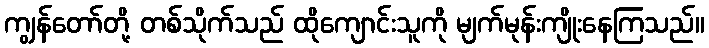
ကျွန်တော်တို့ တစ်သိုက်သည် ထိုကျောင်းသူကို မျက်မုန်းကျိုးနေကြသည်။